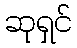
ဆုရှင်